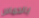
بالحماس